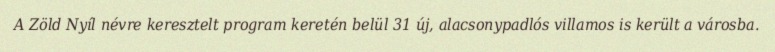
A Zöld Nyíl névre keresztelt program keretén belül 31 új, alacsonypadlós villamos is került a városba.